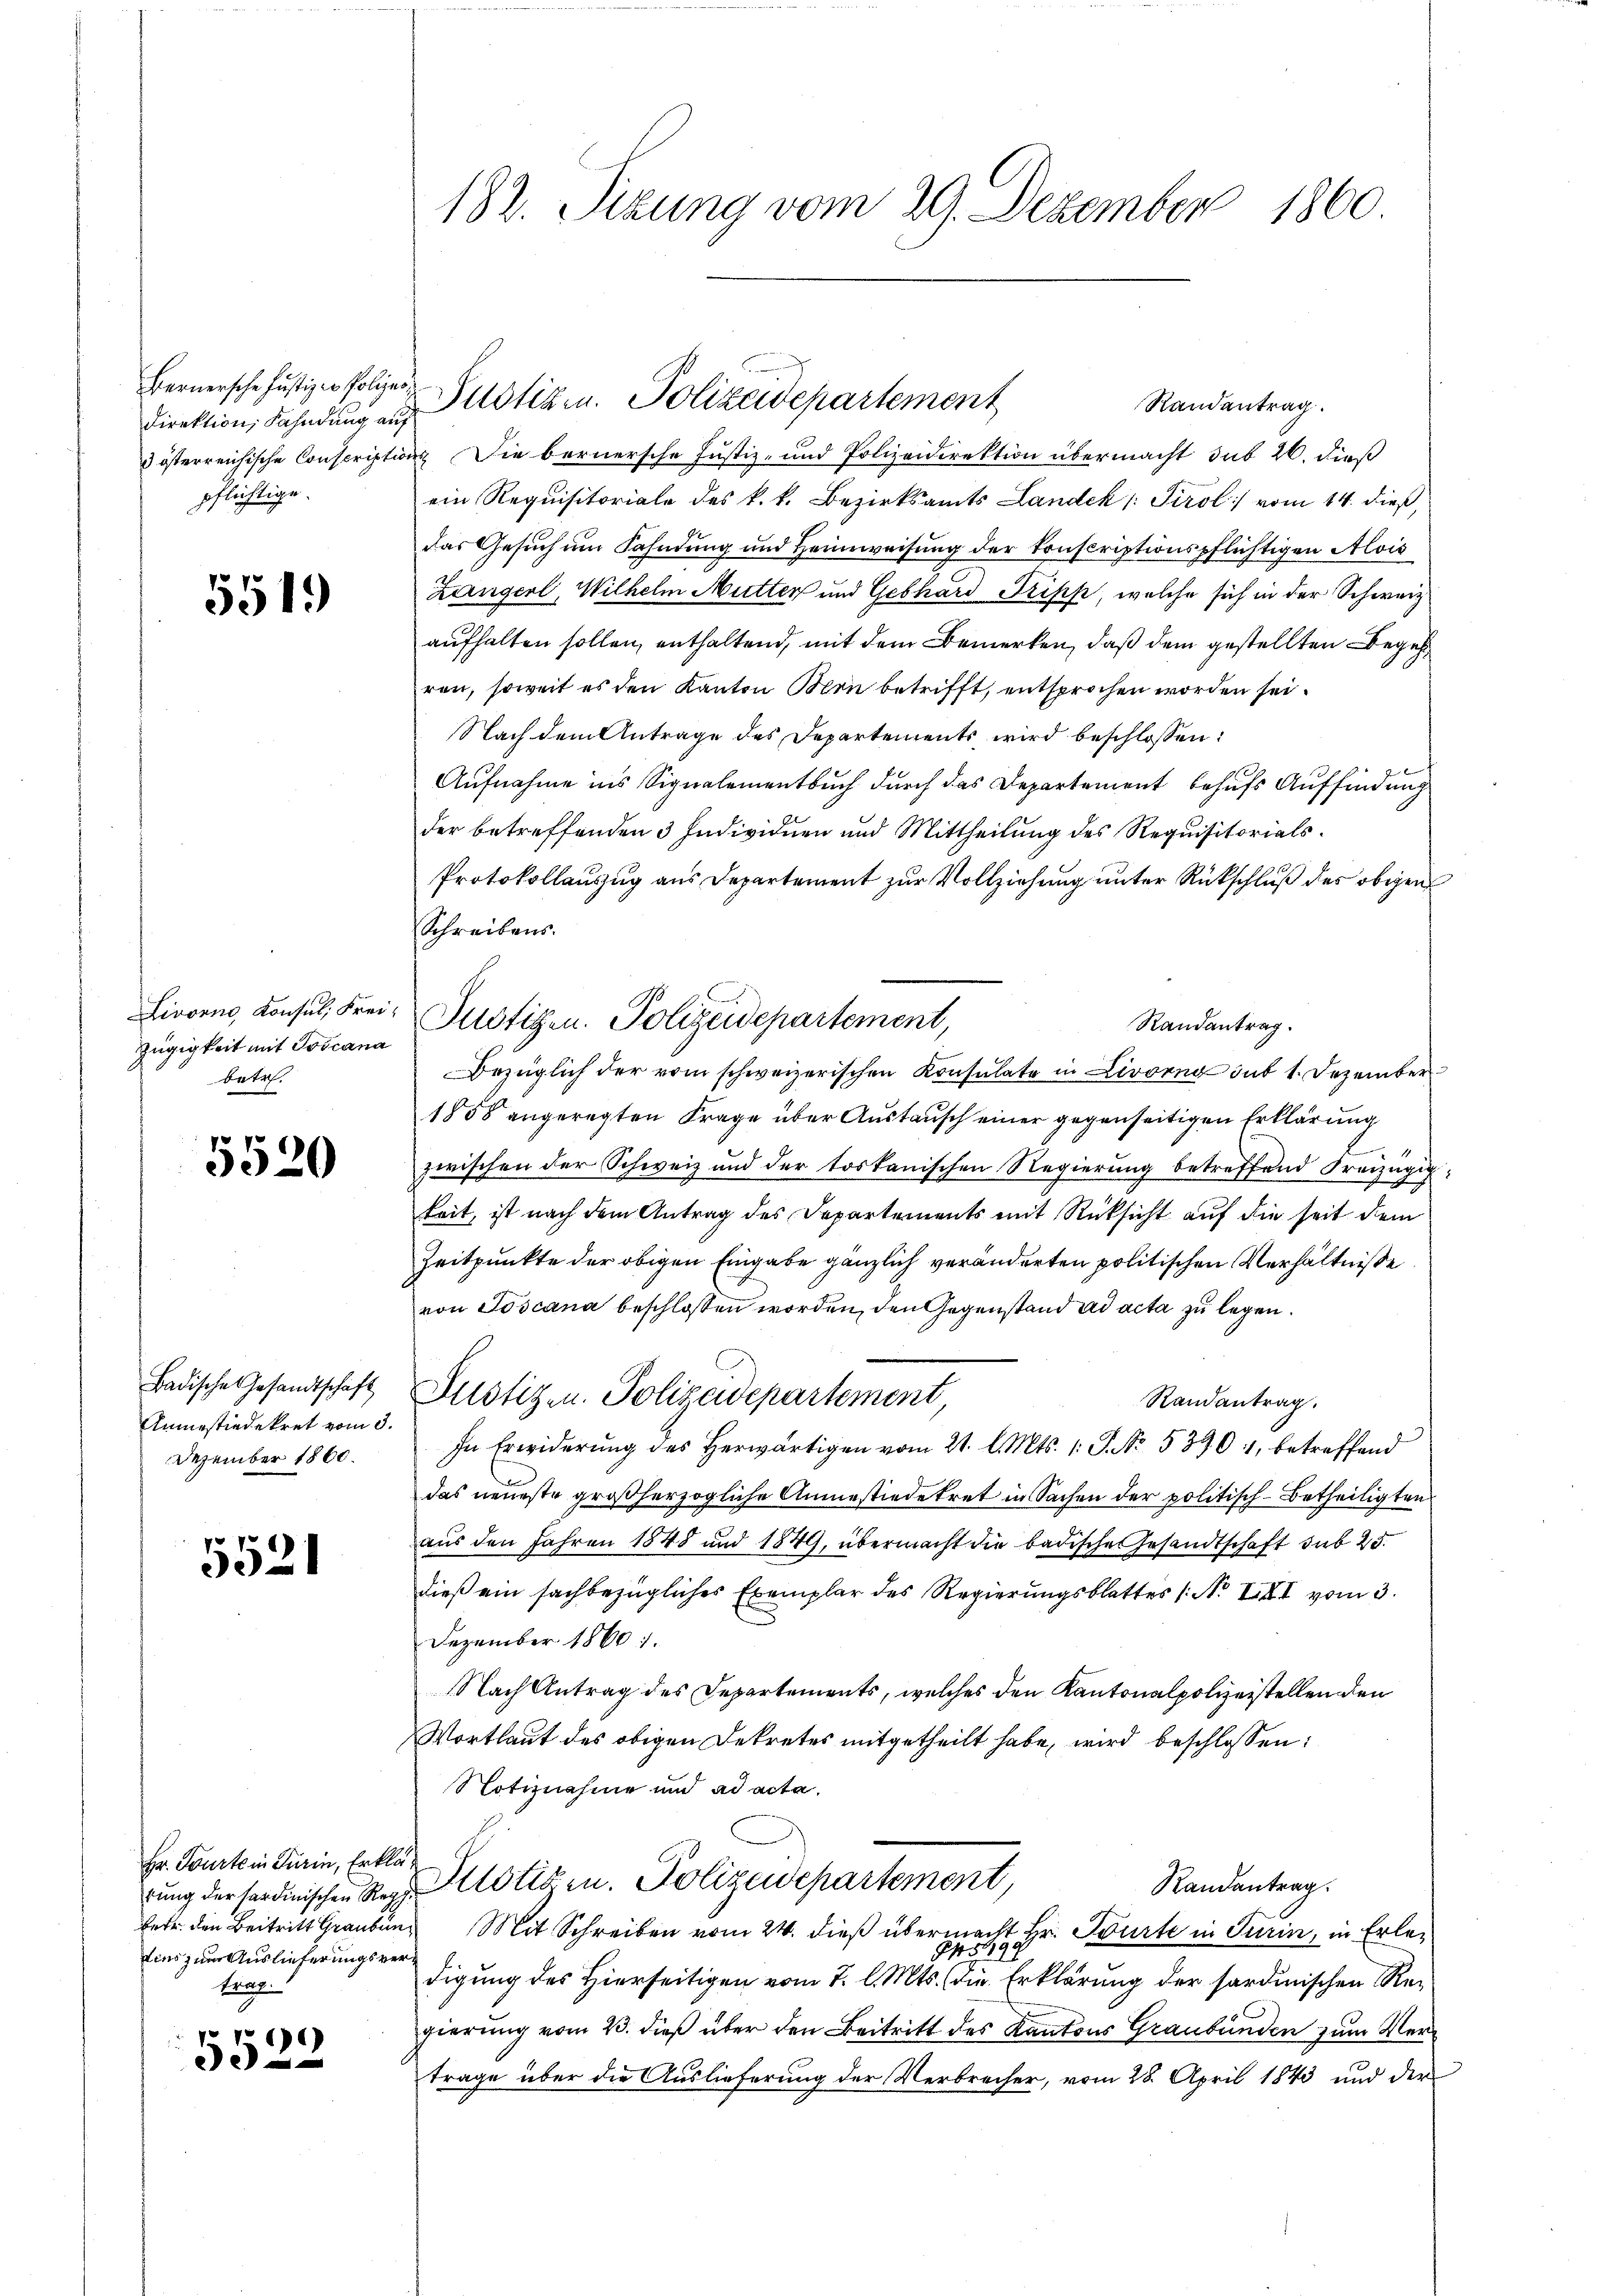
Direktion, Fahndung auf
pflichtige.

5519)

Zügigkeit mit Toscana
betr.

5520

Anmesiedekret vom 3.
Dezember 1860.

5521

Hr. Tourte in Turin, Erklätins zum Auslieferungsvertrag.

1. 1696)

182. Sitzung vom 29. Dezember 1860.

Randentrag.
3 österreichische Conscriptions Die bernersche Justiz- und Polizeidirektion übermacht sub 26. dieß
ein Requisitoriale des k. k. Bezirksamts Landek /: Tirol vom 14. dieß,
das Gesuch um Fahndung und Heimweisung der konscriptionspflichtigen Alois
Langerl, Wilhelm Mutter und Gebhard Tripp, welche sich in der Schweiz
aufhalten sollen, enthaltend, mit dem Bemerken, daß dem gestellten Begehren, soweit es den Kanton Mein betrifft, entsprochen worden sei.
Nach dem Antrage des Departements wird beschlossen:
Aufnahme ins Signalementbuch durch das Departement behufs Auffindung
der betreffenden 3 Individuen und Mittheilung des Requisitorials¬
Protokollauszug aus Departement zur Vollziehung unter Rückschluß des obgen
Schreibens.
Lioven, Konsul, Frei- Justigen. Polizeidepartement,
Randantrag.
Bezüglich der vom schweizerischen Konsulate in Livorne sub 1. Dezember
1858 angeregten Frage über Austausch einer gegenseitigen Erklärung
zwischen der Schweiz und der toskanischen Regierung betreffend Freizügig
keit, ist nach dem Antrag des Departements mit Rücksicht auf die seit dem
Zeitpunkte der obigen Eingabe gänzlich veränderten politischen Verhältniße
von Toscana beschlossen worden, den Gegenstand ad acta zu legen.
Badische Gesandtschaft Pustizen. Polizeidepartement
Randantrag.
In Erwiderung des Herwärtigen vom 21. l. Mts. 1. P. No. 53901, betreffend
das neueste großherzogliche Anmesiedekret in Sachen der politisch-Betheiligten
aus den Jahren 1848 und 1849, übermacht die badische Gesandtschaft sub 25.
dieß ein sachbezügliches Exemplar des Regierungsblattes (N. XXII vom 3.
Dezember 1860.
NNach Antrag des Departements, welches den Kantonalpolizeistellen den
Wortlaut des obigen Dekretes mitgetheilt habe, wird beschlossen:
Notiznahme und ad acta.
Randantrag.
rŭng der Sardinischen Reg. Altstiern. Polizeidepartement,
betr. den Beitritt Grauben Mit Schreiben vom 24. dieß übermacht Hr. Spürte in Turin, in Erle¬
945198
digung des Hierseitigen vom 7. l. Mts. die Erklärung der sardinischen Regierung vom 23. dieß über den Beitritt des Kantons Graubünden zum Vertrage über die Auslieferung der Verbrecher, vom 28. April 1843 und der

Bernersche Justizco Polizei Potizen. Polizeidepartement